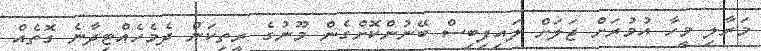
މަރާލި މީހާ އުމުރަށް ޖަލަށް ލައިފިބިސް ބޭނުންކޮށްގެން މޫނުގެ ރީތިކަން ދެމެހެއްޓިދާނެ ގޮތެއް